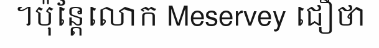
។ប៉ុន្តែលោក Meservey ជឿថា